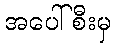
အပေါ်စီးမှ